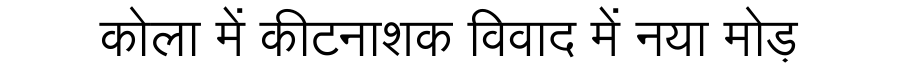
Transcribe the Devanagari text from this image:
कोला में कीटनाशक विवाद में नया मोड़